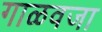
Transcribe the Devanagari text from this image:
गाळवजा